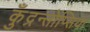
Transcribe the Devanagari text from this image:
कुँद्रन्तोप्सिया